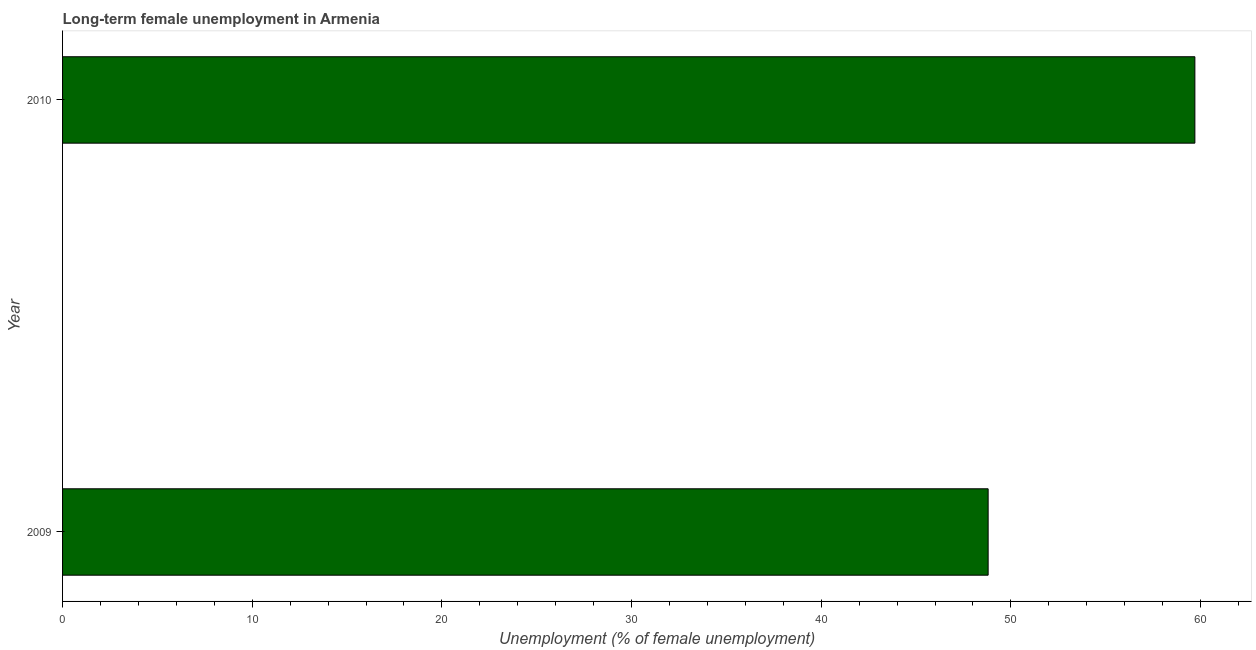
| Year | Long-term unemployment female |
 | --- | --- |
 | 2009 | 48.8 |
 | 2010 | 59.7 |